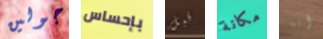
جولين بإحساس قبل مكانة انه